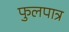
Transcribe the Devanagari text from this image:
फुलपात्र